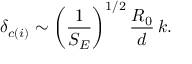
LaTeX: \delta _ { c ( i ) } \sim \left( { \frac { 1 } { S _ { E } } } \right) ^ { 1 / 2 } { \frac { R _ { 0 } } { d } } \, k .